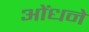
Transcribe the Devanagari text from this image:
ओंधने